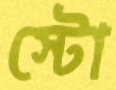
স্টো